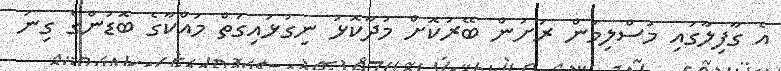
އެ ގާފިލާގައި މުސްލިމުން ރަށުން ބޭރުކޮށް މުދާކޮޅު ނިގުޅައިގަތް މައްކާގެ ބޮޑުންގެ ގިނަ